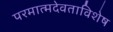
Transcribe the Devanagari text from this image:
परमात्मदेवताविशेष